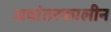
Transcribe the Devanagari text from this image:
अवांतरकालीन